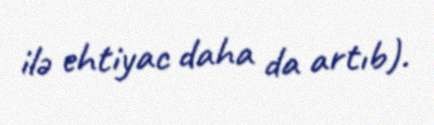
ilə ehtiyac daha da artıb).